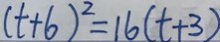
( t + 6 ) ^ { 2 } = 1 6 ( t + 3 )